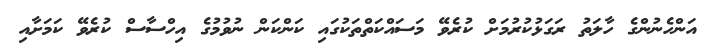
އަންހެނުންގެ ހާލަތު ރަގަޅުކުރުމަށް ކުރެވޭ މަސައްކަތްތަކުގައި ކަންކަން ނުވުމުގެ އިހްސާސް ކުރެވޭ ކަމަށާއި